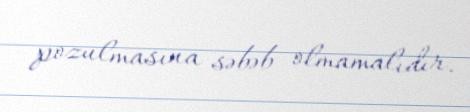
pozulmasına səbəb olmamalıdır.